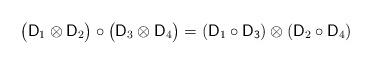
LaTeX: \begin{align*} \big( {\sf D }_1 \otimes {\sf D}_2 \big)\circ \big( {\sf D}_3 \otimes {\sf D }_4 \big)= ({\sf D}_1 \circ {\sf D_3}) \otimes ({\sf D}_2 \circ {\sf D}_4)\end{align*}